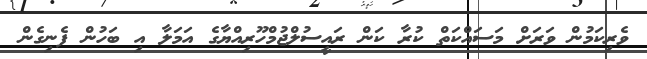
ވެރިކަމުން ވަރަށް މަސައްކަތް ކުރާ ކަން ރައީސުލްޖުމްހޫރިއްޔާގެ އަަމަލާ އި ބަހުން ފެނިގެން